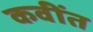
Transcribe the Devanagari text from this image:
कवींत